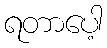
ရတာပေါ့